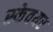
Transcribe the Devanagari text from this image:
स्केवयर